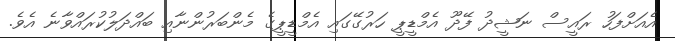
އެއަށްފަހު ރައީސް ނަޝީދު ފޭދޫ އެމްޑީޕީ ހަރުގޭގައި އެމްޑީޕީގެ މެންބަރުންނާއި ބައްދަލުކުރައްވާނެ އެވެ.